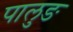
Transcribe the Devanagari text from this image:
पालुङ